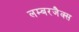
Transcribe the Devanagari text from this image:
लम्बरजैक्स